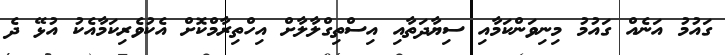
ގައުމު އަނެއް ގައުމު މިނިވަންކަމާއި ސިޔާދަތާއި އިސްތިގްލާލާށް އިހްތިރާމްކޮށް އެކުވެރިކަމާއެކު އުޅޭ ދެ